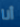
أنا